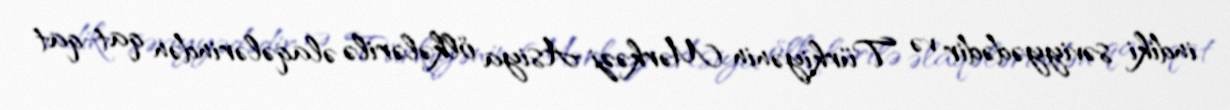
indiki səviyyədədir və Türkiyənin Mərkəzi Asiya ölkələrilə əlaqələrindən qat-qat